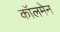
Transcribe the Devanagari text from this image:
कॉलमेन